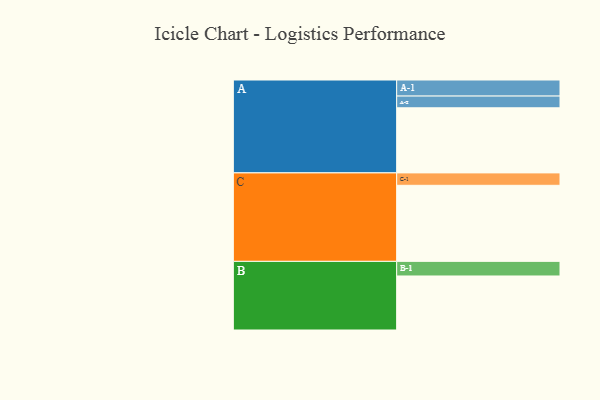
{"axis": {"x": "Segment", "y": "Value"}, "legend": ["", "A", "B", "C"], "data": [{"x": "A", "y": 499, "type": ""}, {"x": "B", "y": 414, "type": ""}, {"x": "C", "y": 583, "type": ""}, {"x": "A-1", "y": 123, "type": "A"}, {"x": "A-2", "y": 90, "type": "A"}, {"x": "B-1", "y": 112, "type": "B"}, {"x": "C-1", "y": 95, "type": "C"}]}